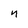
Character: n